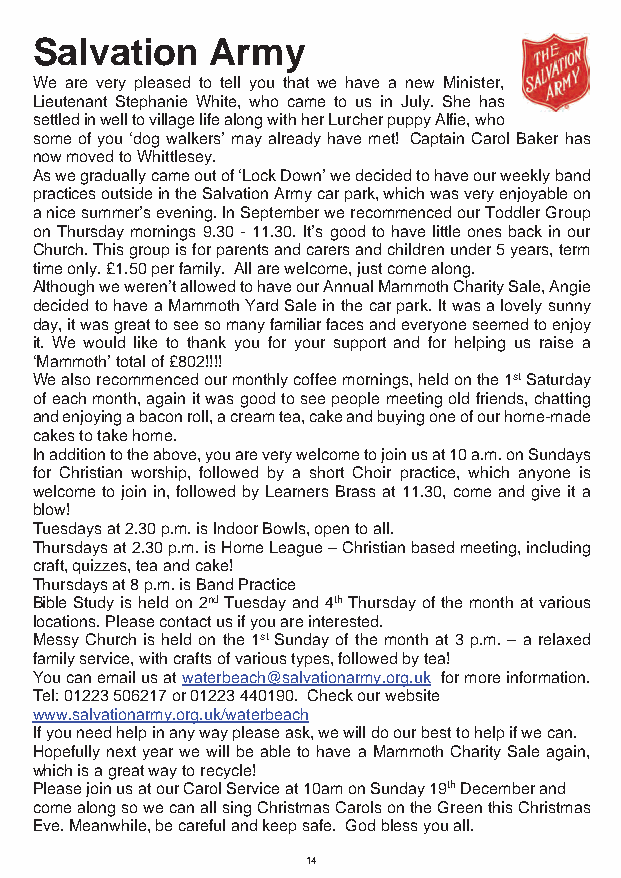
Salvation   Army
 We are very pleased to tell you that we have a new Minister,
 Lieutenant Stephanie White, who came to us in July. She has
 settled in well to village life along with her Lurcher puppy Alfie, who
 some of you ‘dog walkers’ may already have met! Captain Carol Baker has
 now moved to Whittlesey.
 As we gradually came out of ‘Lock Down’ we decided to have our weekly band
 practices outside in the Salvation Army car park, which was very enjoyable on
 a nice summer’s evening. In September we recommenced our Toddler Group
 on Thursday mornings 9.30 - 11.30. It’s good to have little ones back in our
 Church. This group is for parents and carers and children under 5 years, term
 time only. £1.50 per family. All are welcome, just come along.
 Although we weren’t allowed to have our Annual Mammoth Charity Sale, Angie
 decided to have a Mammoth Yard Sale in the car park. It was a lovely sunny
 day, it was great to see so many familiar faces and everyone seemed to enjoy
 it. We would like to thank you for your support and for helping us raise a
 ‘Mammoth’ total of £802!!!!
 We also recommenced our monthly coffee mornings, held on the 1st Saturday
 of each month, again it was good to see people meeting old friends, chatting
 and enjoying a bacon roll, a cream tea, cake and buying one of our home-made
 cakes to take home.
 In addition to the above, you are very welcome to join us at 10 a.m. on Sundays
 for Christian worship, followed by a short Choir practice, which anyone is
 welcome to join in, followed by Learners Brass at 11.30, come and give it a
 blow!
 Tuesdays at 2.30 p.m. is Indoor Bowls, open to all.
 Thursdays at 2.30 p.m. is Home League – Christian based meeting, including
 craft, quizzes, tea and cake!
 Thursdays at 8 p.m. is Band Practice
 Bible Study is held on 2nd Tuesday and 4th Thursday of the month at various
 locations. Please contact us if you are interested.
 Messy Church is held on the 1st Sunday of the month at 3 p.m. – a relaxed
 family service, with crafts of various types, followed by tea!
 You can email us at waterbeach@salvationarmy.org.uk for more information.
 Tel: 01223 506217 or 01223 440190. Check our website
 www.salvationarmy.org.uk/waterbeach
 If you need help in any way please ask, we will do our best to help if we can.
 Hopefully next year we will be able to have a Mammoth Charity Sale again,
 which is a great way to recycle!
 Please join us at our Carol Service at 10am on Sunday 19th December and
 come along so we can all sing Christmas Carols on the Green this Christmas
 Eve. Meanwhile, be careful and keep safe. God bless you all.
 14